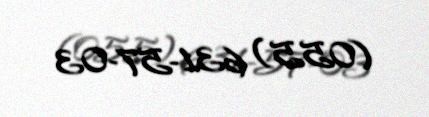
(055) 631-57-03